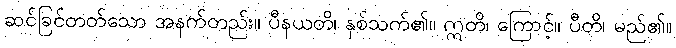
ဆင်ခြင်တတ်သော အနက်တည်း။ ပီနယတိ၊ နှစ်သက်၏။ ဣတိ၊ ကြောင့်။ ပီတိ၊ မည်၏။